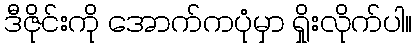
ဒီဇိုင်းကို အောက်ကပုံမှာ ရှိုးလိုက်ပါ။